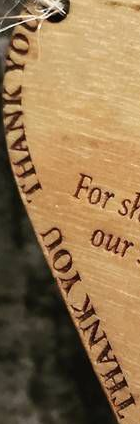
THANK YOU THANK YOU